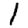
Digit: 1